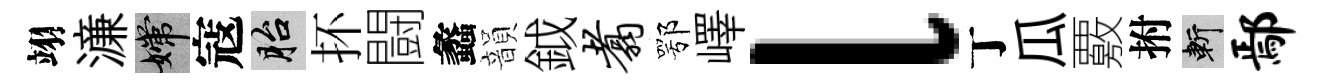
翊濓嫦寇胎抔闘蠡韻鉞翥鄂嶧l丁瓜覈拊斬鄢